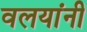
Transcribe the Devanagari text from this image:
वलयांनी